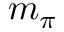
m _ { \pi }